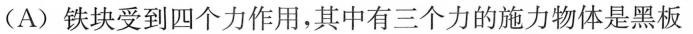
(A)铁块受到四个力作用，其中有三个力的施力物体是黑板